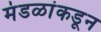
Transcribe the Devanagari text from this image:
मंडळांकडून